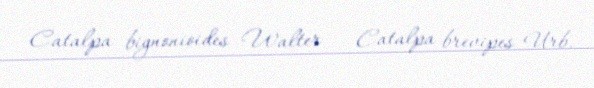
Catalpa bignonioides Walter – Catalpa brevipes Urb.